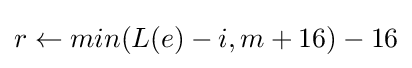
r\leftarrow min(L(e)-i,m+16)-16